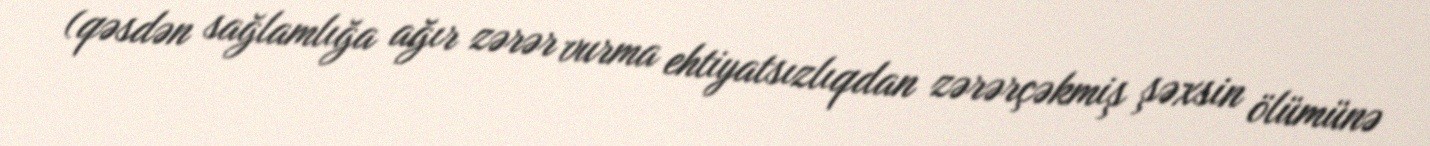
(qəsdən sağlamlığa ağır zərər vurma ehtiyatsızlıqdan zərərçəkmiş şəxsin ölümünə